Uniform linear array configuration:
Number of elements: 4
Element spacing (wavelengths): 0.75
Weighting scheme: uniform
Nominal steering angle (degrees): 0
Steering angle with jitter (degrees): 1.985
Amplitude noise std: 0.05
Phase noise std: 0.05

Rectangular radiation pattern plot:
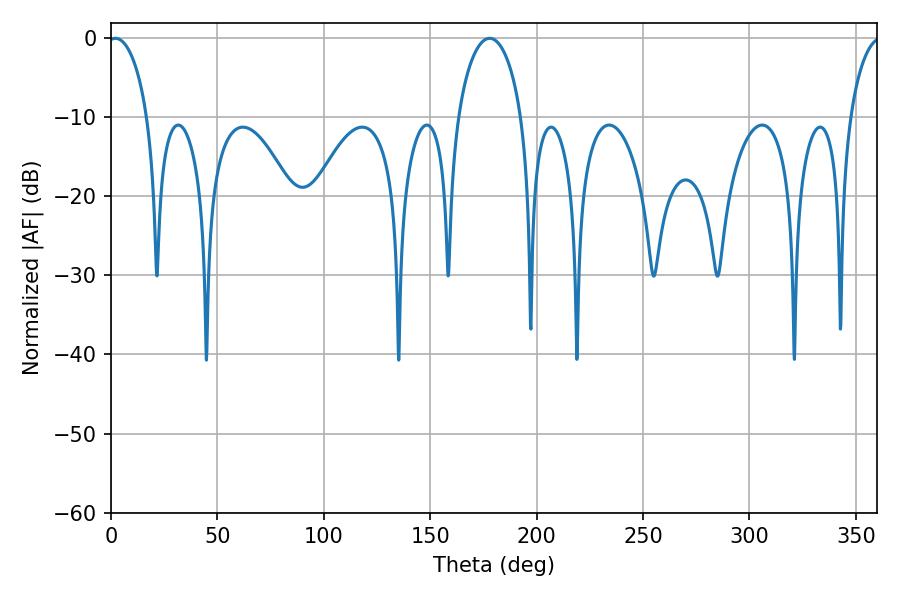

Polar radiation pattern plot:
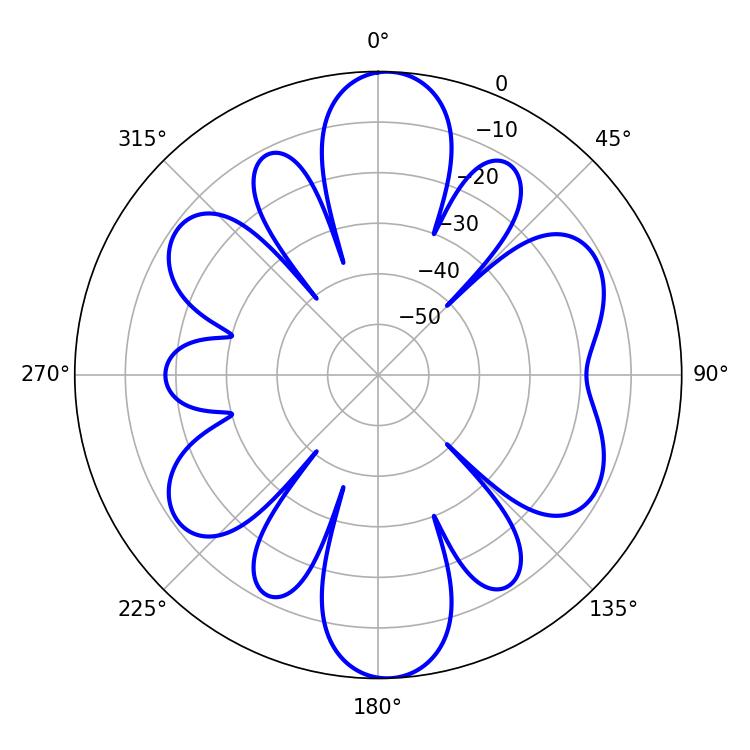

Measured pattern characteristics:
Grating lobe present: TRUE
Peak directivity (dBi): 17.164
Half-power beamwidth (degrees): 10.8
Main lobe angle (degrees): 2.16